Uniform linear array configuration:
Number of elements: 12
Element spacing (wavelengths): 0.5
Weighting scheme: binomial
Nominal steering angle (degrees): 0
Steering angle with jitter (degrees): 1.939
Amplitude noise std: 0.05
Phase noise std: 0.05

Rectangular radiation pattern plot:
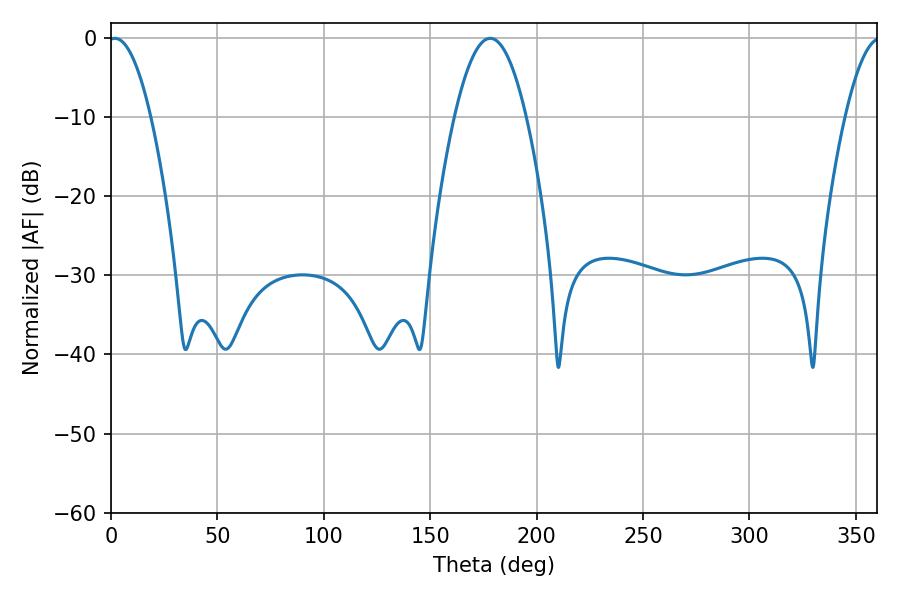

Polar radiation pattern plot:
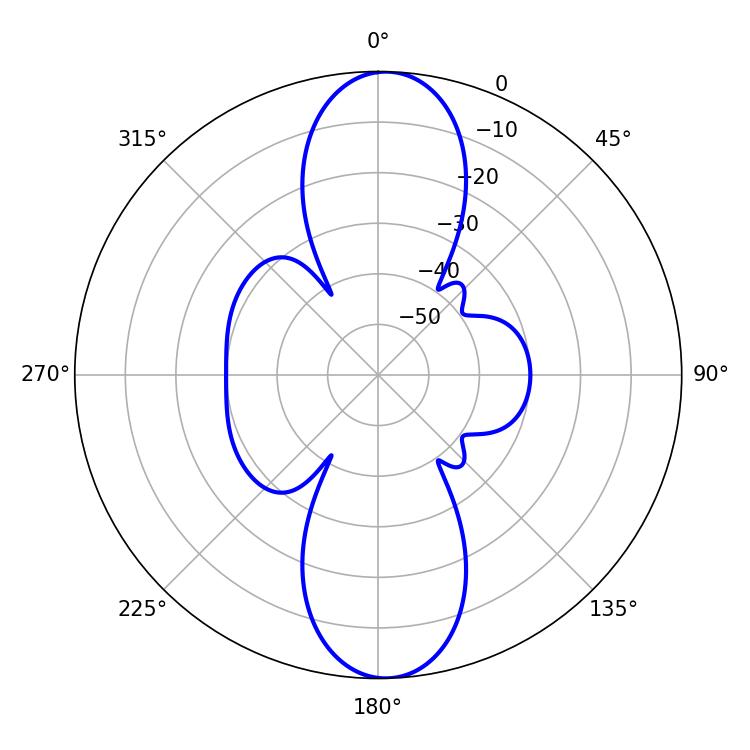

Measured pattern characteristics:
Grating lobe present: FALSE
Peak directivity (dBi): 19.97
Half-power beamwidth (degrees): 10.98
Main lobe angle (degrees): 1.8